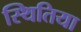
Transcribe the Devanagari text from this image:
स्थितिया